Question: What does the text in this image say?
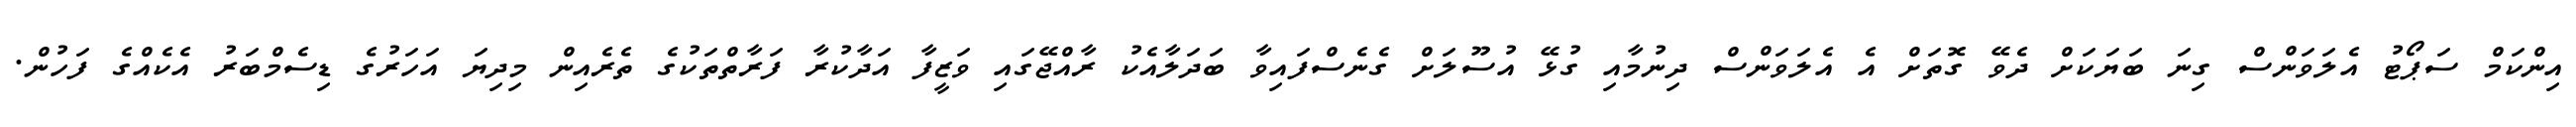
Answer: އިންކަމް ސަޕޯޓު އެލަވަންސް ގިނަ ބަޔަކަށް ދެވޭ ގޮތަށް އެ އެލަވަންސް ދިނުމާއި ގުޅޭ އުސޫލަށް ގެނެސްފައިވާ ބަދަލާއެކު ރާއްޖޭގައި ވަޒީފާ އަދާކުރާ ފަރާތްތަކުގެ ތެރެއިން މިދިޔަ އަހަރުގެ ޑިސެމްބަރު އެކެއްގެ ފަހުން.